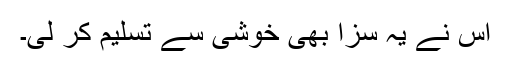
اس نے یہ سزا بھی خوشی سے تسلیم کر لی۔